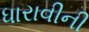
ધારાવીની